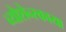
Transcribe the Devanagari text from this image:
व्योशेन्स्काया